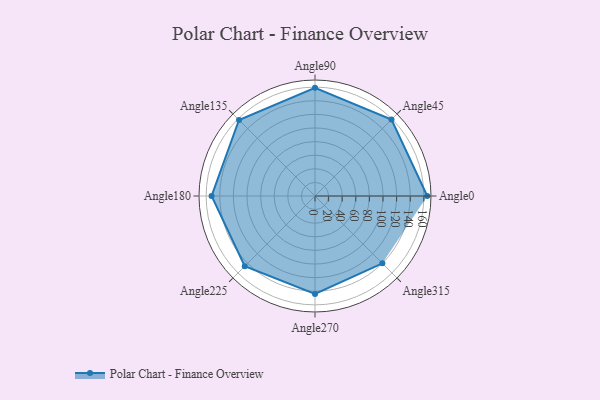
{"axis": {"x": "Angle", "y": "Radius"}, "legend": [""], "data": [{"x": "Angle0", "y": 165.0, "type": ""}, {"x": "Angle45", "y": 159.0, "type": ""}, {"x": "Angle90", "y": 159.0, "type": ""}, {"x": "Angle135", "y": 158.0, "type": ""}, {"x": "Angle180", "y": 152.0, "type": ""}, {"x": "Angle225", "y": 146.0, "type": ""}, {"x": "Angle270", "y": 144.0, "type": ""}, {"x": "Angle315", "y": 140.0, "type": ""}]}